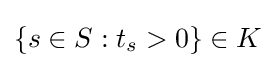
\{s\in S:t_{s}>0\}\in K